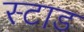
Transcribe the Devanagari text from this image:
स्टाड